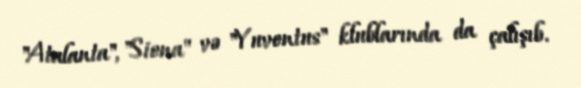
"Atalanta", "Siena" və "Yuventus" klublarında da çalışıb.